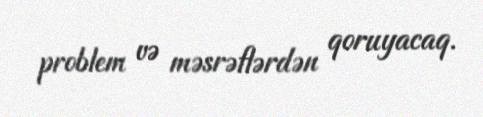
problem və məsrəflərdən qoruyacaq.